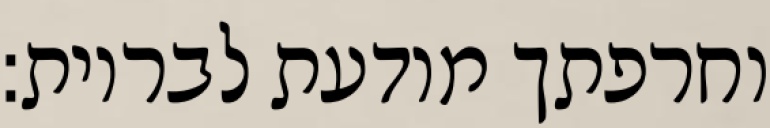
וחרפתך מודעת לבריות: